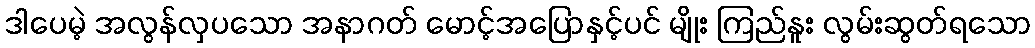
ဒါပေမဲ့ အလွန်လှပသော အနာဂတ် မောင့်အပြောနှင့်ပင် မျိုး ကြည်နူး လွမ်းဆွတ်ရသော